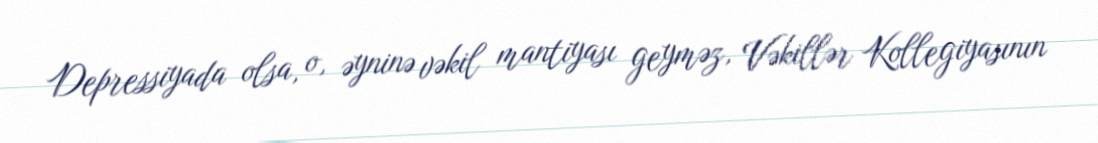
Depressiyada olsa, o, əyninə vəkil mantiyası geyməz, Vəkillər Kollegiyasının